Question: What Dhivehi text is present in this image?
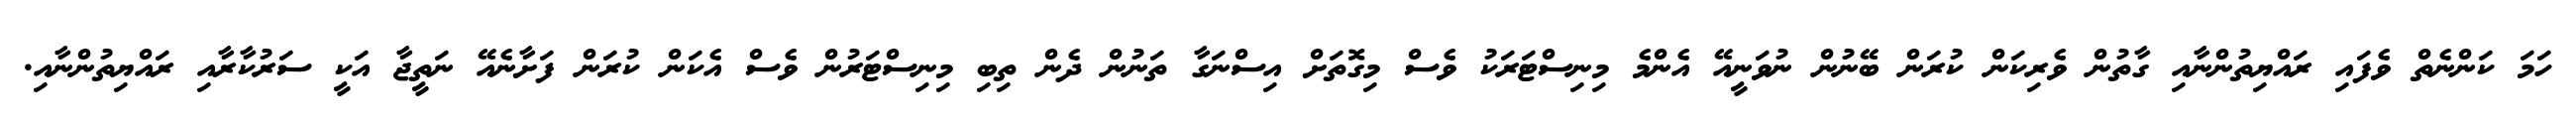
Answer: ހަމަ ކަންނެތް ވެފައި ރައްޔިތުންނާއި ގާތުން ވެރިކަން ކުރަން ބޭނުން ނުވަނީއޭ އެންމެ މިނިސްޓަރަކު ވެސް މިގޮތަށް އިސްނަގާ ތަނުން ދެން ތިބި މިނިސްޓަރުން ވެސް އެކަން ކުރަން ފަށާނެއޭ ނަތީޖާ އަކީ ސަރުކާރާއި ރައްޔިތުންނާއި.